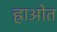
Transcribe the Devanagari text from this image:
ह्राओत